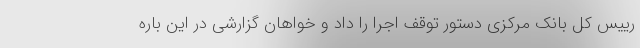
رییس کل بانک مرکزی دستور توقف اجرا را داد و خواهان گزارشی در این باره